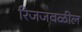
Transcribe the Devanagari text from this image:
रिजजवळील